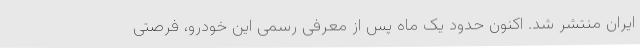
ایران منتشر شد. اکنون حدود یک ماه پس از معرفی رسمی این خودرو، فرصتی